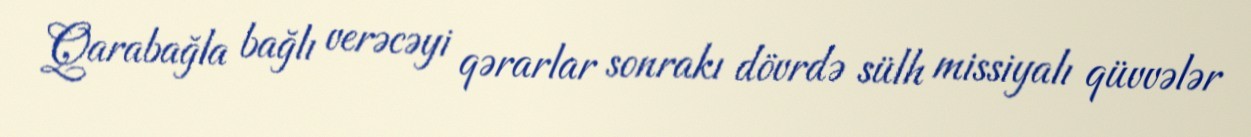
Qarabağla bağlı verəcəyi qərarlar sonrakı dövrdə sülh missiyalı qüvvələr